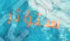
ستؤثر